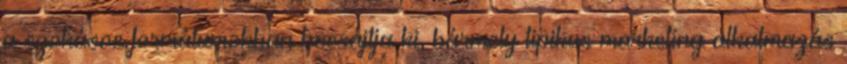
a szokásos formátumokban bocsájtja ki, bármely tipikus marketing alkalmazás